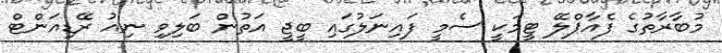
މުބާރާތުގެ ފެއާޕްލޭ ޓީމަކީ ސެމީ ފައިނަލުގައި ބީޖީ އަތުން ބަލިވި ނިއު ރޭޑިއަންޓް